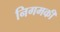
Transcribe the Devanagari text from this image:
निगमकी